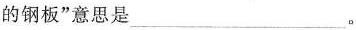
的钢板”意思是___。